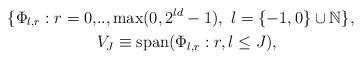
LaTeX: \begin{align*} \{\Phi_{l,r}: r =0,&.., \max(0,2^{ld}-1), ~l=\{-1,0\} \cup \mathbb N \},\\& V_J \equiv \textrm{span}(\Phi_{l,r}: r, l \le J),\end{align*}